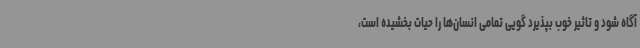
آگاه شود و تاثیر خوب بپذیرد گویی تمامی انسان‌ها را حیات بخشیده است،